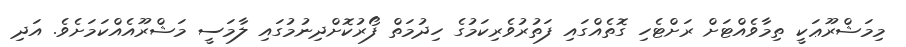
މިމަޝްރޫޢަކީ ތިމާވެއްޓަށް ރަށްޓެހި ގޮތެއްގައި ފަތުރުވެރިކަމުގެ ހިދުމަތް ފޯރުކޮށްދިނުމުގައި ލާމަސީ މަޝްރޫއެއްކަމަށެވެ. އަދި